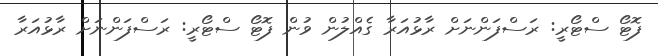
ފޮޓޯ ސްޓޯރީ: ރަސްފަންނަށް ރާޅުއަރާ ގެއްލުން ވުން ފޮޓޯ ސްޓޯރީ: ރަސްފަންނަށް ރާޅުއަރާ